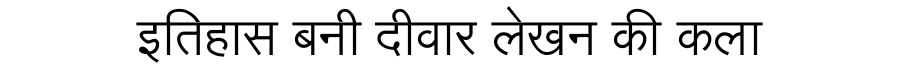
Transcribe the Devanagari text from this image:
इतिहास बनी दीवार लेखन की कला